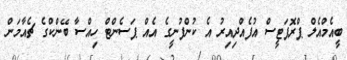
ބީއެމްއެލް ޕްރޮޕަޓީސް އުފެއްދިއިރު އެ ކުންފުނީގެ އެއް ޕަސެންޓް ހިއްސާ ބޭންކްގެ ޗެއާމަން